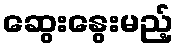
ဆွေးနွေးမည့်